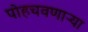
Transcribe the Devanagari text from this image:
पोहचवणाऱ्या